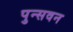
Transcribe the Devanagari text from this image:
पुन्सवन